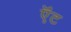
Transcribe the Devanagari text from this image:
ऍंट